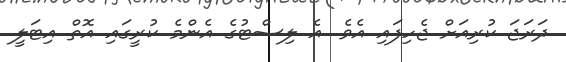
ދަރަޖަ ކުރިއަށް ޖެހިފައި އެވެ. އެ ލިސްޓުގެ އެންމެ ކުރީގައި އޮތް އިޓަލީ